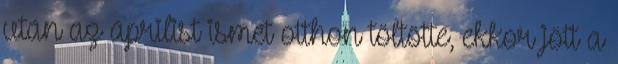
után az áprilist ismét otthon töltötte, ekkor jött a